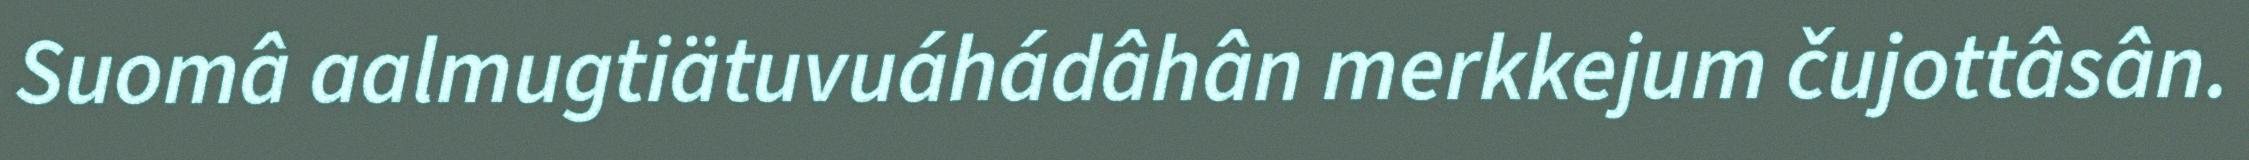
Suomâ aalmugtiätuvuáhádâhân merkkejum čujottâsân.